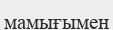
мамығымен